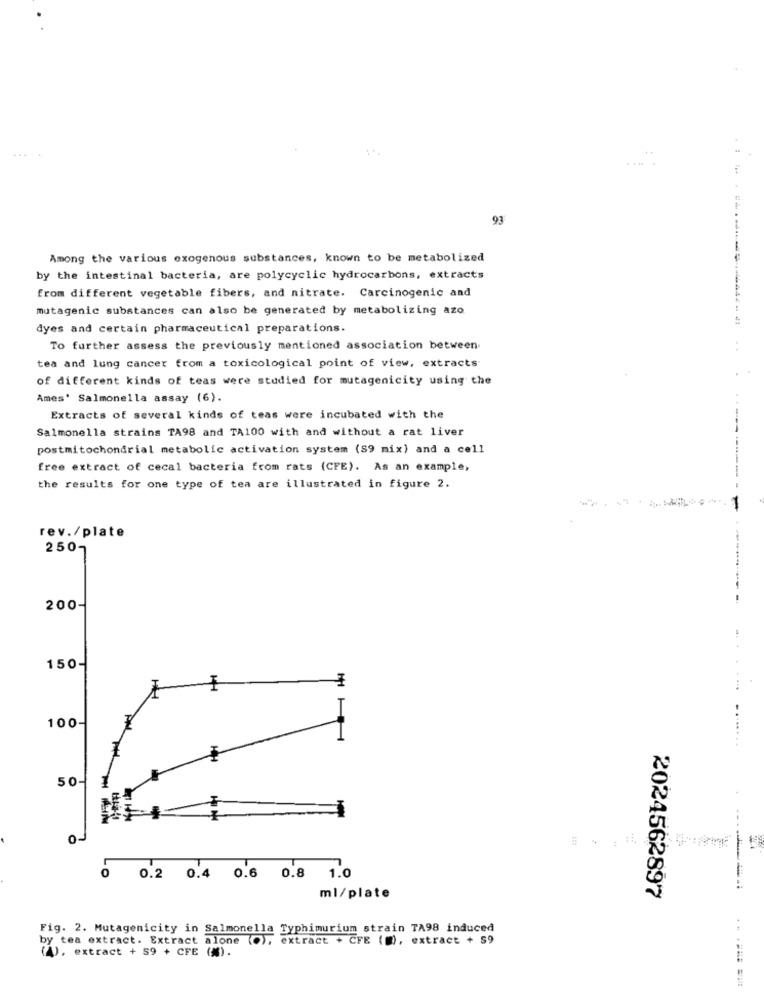
....
93
Among the various exogenous substances, known to be metabolized
by the intestinal bacteria, are polycyclic hydrocarbons, extracts
from different vegetable fibers, and nitrate. Carcinogenic and
mutagenic substances can also be generated by metabolizing azo
dyes and certain pharmaceutical preparations.
To further assess the previously mentioned association between
...
tea and lung cancer from a toxicological point of view, extracts
of different kinds of teas were studied for mutagenicity using the
Ames' Salmonella assay (6).
Extracts of several kinds of teas were incubated with the
Salmonella strains TA98 and TA100 with and without a rat liver
postmitochondrial metabolic activation system (S9 mix) and a cell
free extract of cecal bacteria from rats (CFE). As an example,
the results for one type of tea are illustrated in figure 2.
-
rev./plate
250-
200-
150-
100-
......
50-
0.2 0.4 0.6 0.8
1.0
ml/plate
2024562897
Fig. 2. Mutagenicity in Salmonella Typhimurium strain TA98 induced
by tea extract. Extract alone (.), extract + CFE (), extract + $9
(4). extract + 59 + CFE (M).